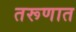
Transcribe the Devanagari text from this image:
तरूणात